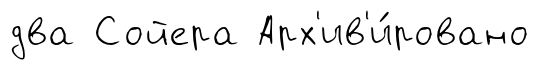
два Сойера Арх'ив'и́ровано